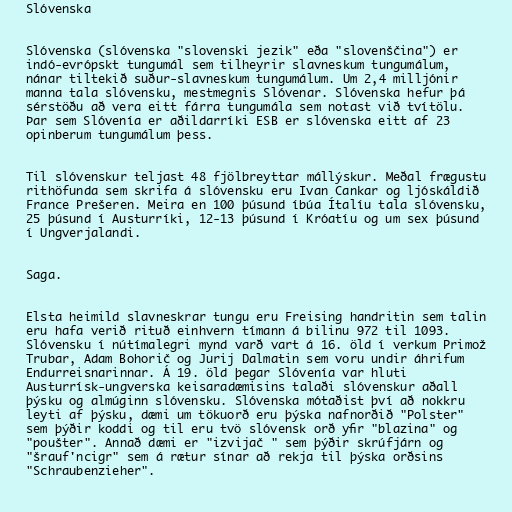
Slóvenska

Slóvenska (slóvenska "slovenski jezik" eða "slovenščina") er
indó-evrópskt tungumál sem tilheyrir slavneskum tungumálum,
nánar tiltekið suður-slavneskum tungumálum. Um 2,4 milljónir
manna tala slóvensku, mestmegnis Slóvenar. Slóvenska hefur þá
sérstöðu að vera eitt fárra tungumála sem notast við tvítölu.
Þar sem Slóvenía er aðildarríki ESB er slóvenska eitt af 23
opinberum tungumálum þess.

Til slóvenskur teljast 48 fjölbreyttar mállýskur. Meðal frægustu
rithöfunda sem skrifa á slóvensku eru Ivan Cankar og ljóskáldið
France Prešeren. Meira en 100 þúsund íbúa Ítalíu tala slóvensku,
25 þúsund í Austurríki, 12-13 þúsund í Króatíu og um sex þúsund
í Ungverjalandi.

Saga.

Elsta heimild slavneskrar tungu eru Freising handritin sem talin
eru hafa verið rituð einhvern tímann á bilinu 972 til 1093.
Slóvensku í nútímalegri mynd varð vart á 16. öld í verkum Primož
Trubar, Adam Bohorič og Jurij Dalmatin sem voru undir áhrifum
Endurreisnarinnar. Á 19. öld þegar Slóvenía var hluti
Austurrísk-ungverska keisaradæmisins talaði slóvenskur aðall
þýsku og almúginn slóvensku. Slóvenska mótaðist því að nokkru
leyti af þýsku, dæmi um tökuorð eru þýska nafnorðið "Polster"
sem þýðir koddi og til eru tvö slóvensk orð yfir "blazina" og
"poušter". Annað dæmi er "izvijač " sem þýðir skrúfjárn og
"šrauf'ncigr" sem á rætur sínar að rekja til þýska orðsins
"Schraubenzieher".